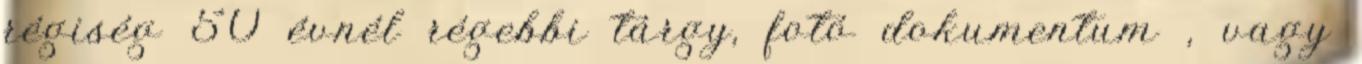
régiség 50 évnél régebbi tárgy, fotó dokumentum , vagy